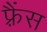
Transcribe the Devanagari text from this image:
फ़्रैंस